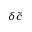
\delta \tilde { c }